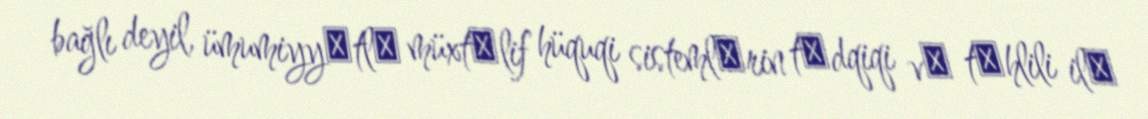
bağlı deyil, ümumiyyәtlә müxtәlif hüquqi sistemlәrin tәdqiqi vә tәhlili ilә